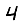
Digit: 4